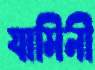
যামিনী